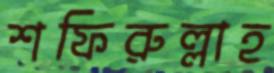
শফিরুল্লাহ